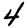
Digit: 4